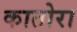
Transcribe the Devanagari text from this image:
कातोरा